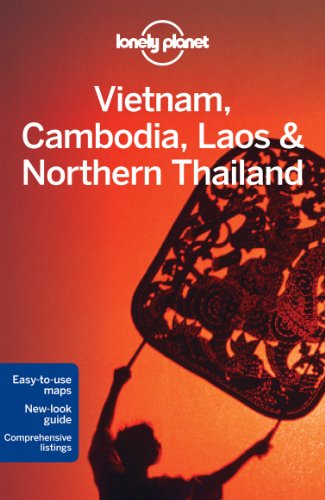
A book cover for Lonely Planet Vietnam, Cambodia, Laos & Northern Thailand (Travel Guide); Lonely Planet; Travel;